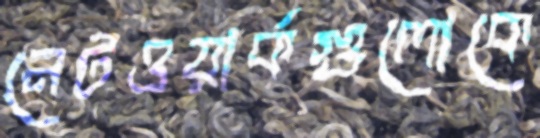
নেটওয়ার্কগুলোকে